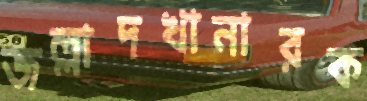
জল্লাদখানারক